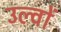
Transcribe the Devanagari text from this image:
उल्वों